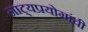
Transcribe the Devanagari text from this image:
नाट्यप्रयोगांची